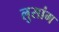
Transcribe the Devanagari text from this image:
लुसांग